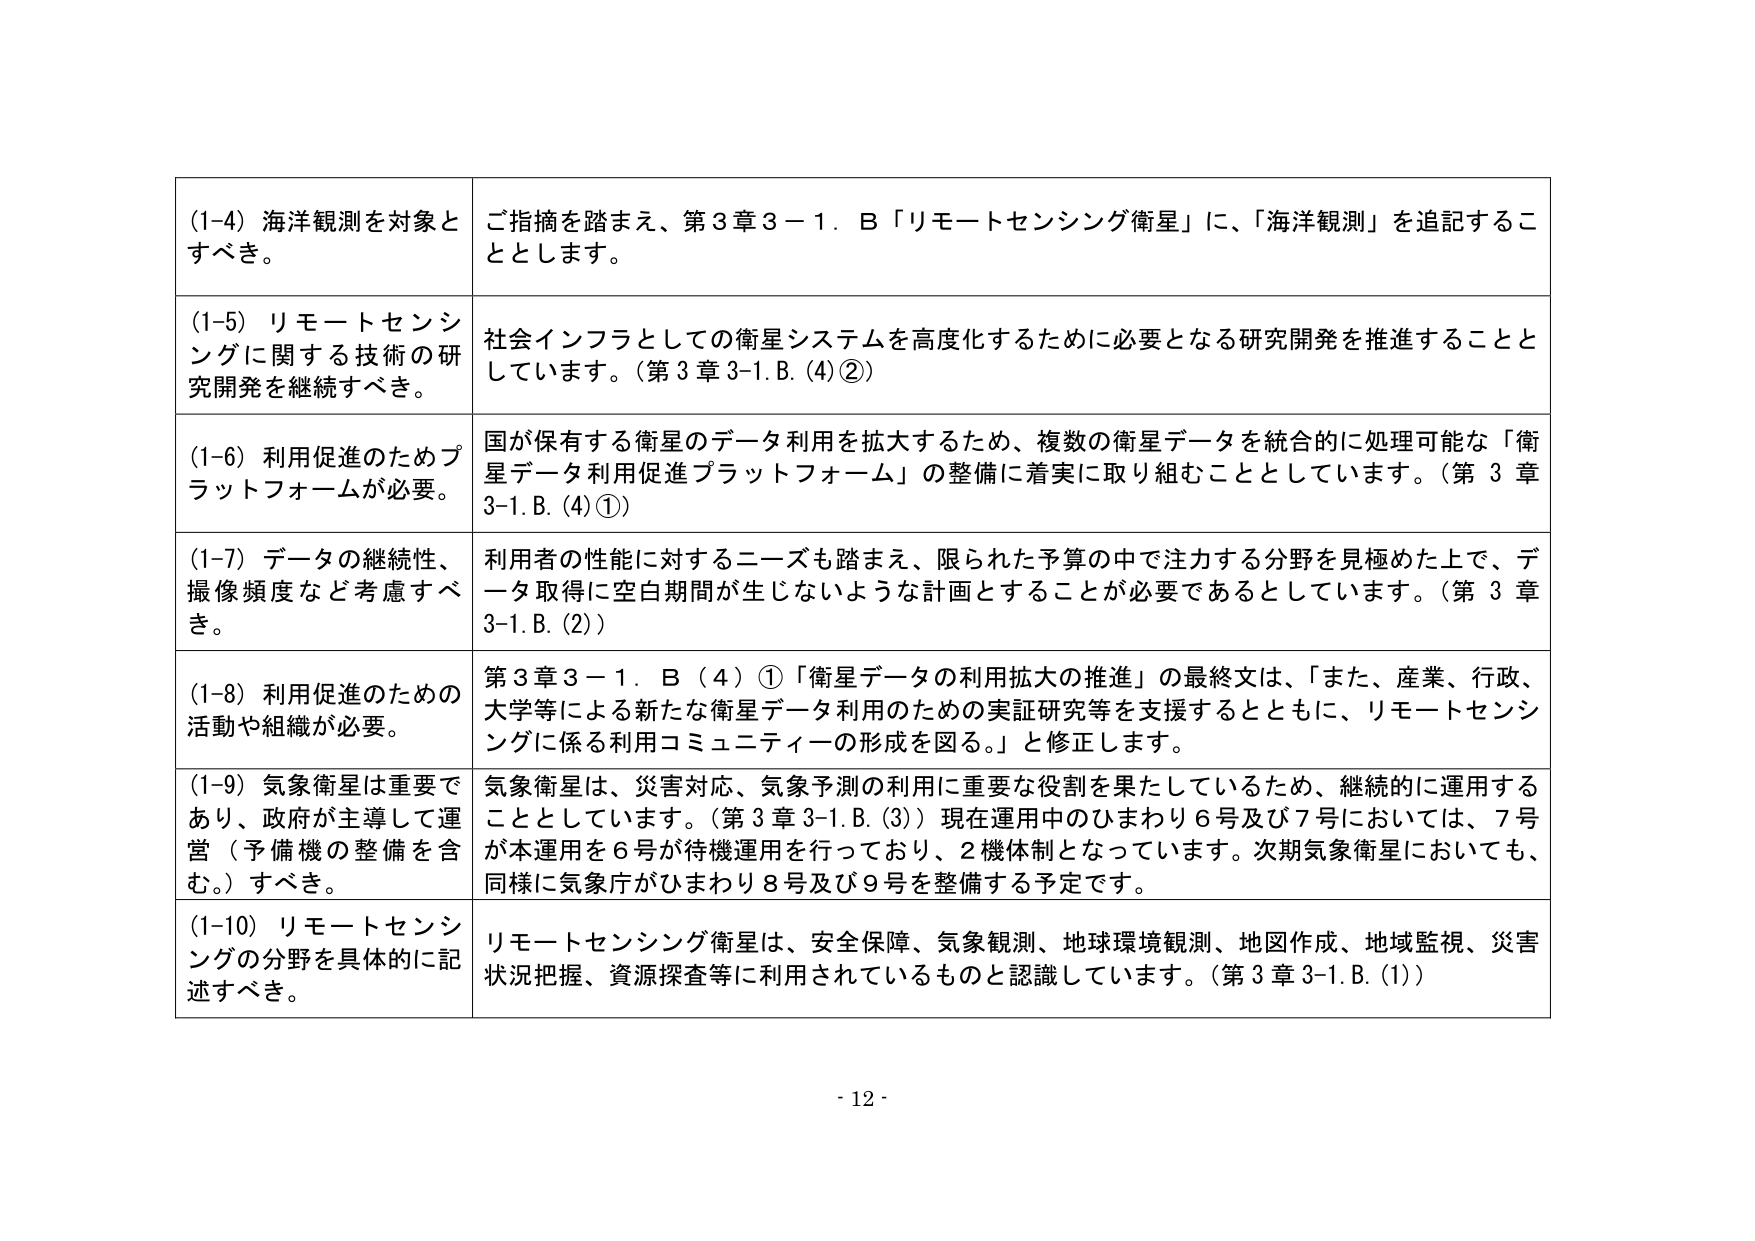
(1-4) 海洋観測を対象とすべき。
ご指摘を踏まえ、第3章3－1．B「リモートセンシング衛星」に、「海洋観測」を追記することとします。

(1-5) リモートセンシングに関する技術の研究開発を継続すべき。
社会インフラとしての衛星システムを高度化するために必要となる研究開発を推進することとしています。（第3章3-1.B.(4)②）

(1-6) 利用促進のためプラットフォームが必要。
国が保有する衛星のデータ利用を拡大するため、複数の衛星データを統合的に処理可能な「衛星データ利用促進プラットフォーム」の整備に着実に取り組むこととしています。（第3章3-1.B.(4)①）

(1-7) データの継続性、撮像頻度など考慮すべき。
利用者の性能に対するニーズも踏まえ、限られた予算の中で注力する分野を見極めた上で、データ取得に空白期間が生じないような計画とすることが必要であるとしています。（第3章3-1.B.(2)）

(1-8) 利用促進のための活動や組織が必要。
第3章3－1．B（4）①「衛星データの利用拡大の推進」の最終文は、「また、産業、行政、大学等による新たな衛星データ利用のための実証研究等を支援するとともに、リモートセンシングに係る利用コミュニティの形成を図る。」と修正します。

(1-9) 気象衛星は重要であり、政府が主導して運営（予備機の整備を含む。）すべき。
気象衛星は、災害対応、気象予測の利用に重要な役割を果たしているため、継続的に運用することとしています。（第3章3-1.B.(3)）現在運用中のひまわり6号及び7号においては、7号が本運用を6号が待機運用を行っており、2機体制となっています。次期気象衛星においても、同様に気象庁がひまわり8号及び9号を整備する予定です。

(1-10) リモートセンシングの分野を具体的に記述すべき。
リモートセンシング衛星は、安全保障、気象観測、地球環境観測、地図作成、地域監視、災害状況把握、資源探査等に利用されているものと認識しています。（第3章3-1.B.(1)）

- 12 -